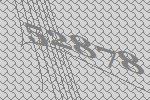
52878